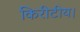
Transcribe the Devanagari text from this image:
किरीटीय।